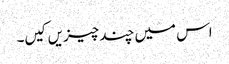
اس میں چند چیزیں کیں۔